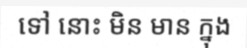
ទៅ នោះ មិន មាន ក្នុង